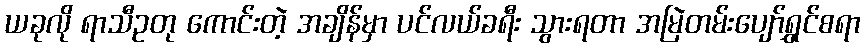
ယခုလို ရာသီဥတု ကောင်းတဲ့ အချိန်မှာ ပင်လယ်ခရီး သွားရတာ အမြဲတမ်းပျော်ရွှင်စရာ